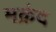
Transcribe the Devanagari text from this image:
मक्रंद